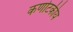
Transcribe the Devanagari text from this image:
कर्णाटकीय